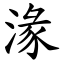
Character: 湪